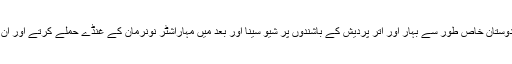
چند برسوں قبل مہاراشٹر میں شمال ہندوستان خاص طور سے بہار اور اتر پردیش کے باشندوں پر شیو سینا اور بعد میں مہاراشٹر نونرمان کے غنڈے حملے کرتے اور ان کی املاک کو آگ لگا دیا کرتے تھے۔